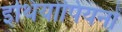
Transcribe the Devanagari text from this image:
इथियोपियनों